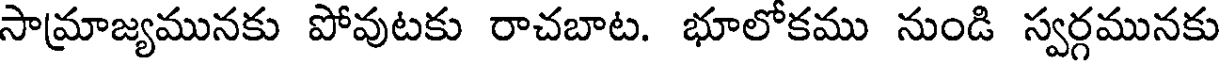
సామ్రాజ్యమునకు పోవుటకు రాచబాట. భూలోకము నుండి స్వర్గమునకు